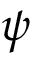
\psi